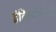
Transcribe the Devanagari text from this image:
इंदिराविरोधी